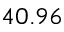
4 0 . 9 6